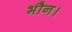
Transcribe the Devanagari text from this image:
भौन।